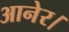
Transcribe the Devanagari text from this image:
आनेर।